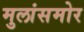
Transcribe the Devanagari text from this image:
मुलांसमोर